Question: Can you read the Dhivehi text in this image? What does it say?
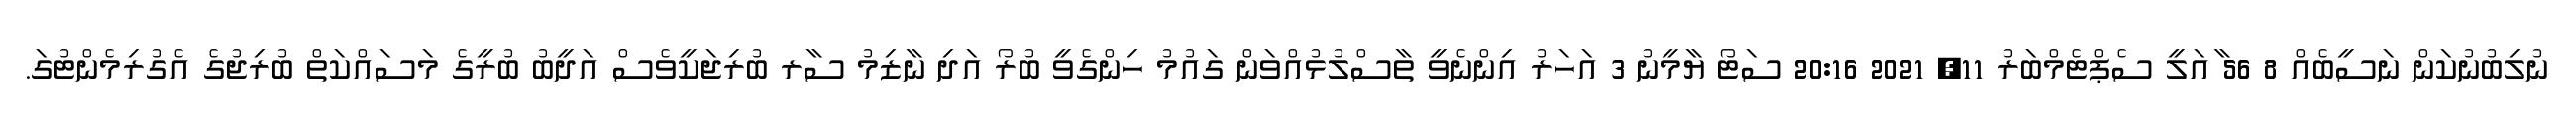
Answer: ނުލިބުނުކަން ނަސީބެއް 8 56 ާއަލީ ސެޕްޓެމްބަރު 11, 2021 20:16 ސަޓޯ ޔާމީނު 3 އަހަރު އިންނެވީ ތާސްލުޅުއްވަން ގައުމު ހިންގެވީ ބުރޯ އަދި ނާޒިމު ސާރ ބުރިޖަކީވެސް އަދީބު ބުރީގެ މަސައްކަތް ބުރިޖުގެ އެގުރިމެންޓުގަ.